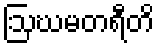
ဩဃမတရီတိ